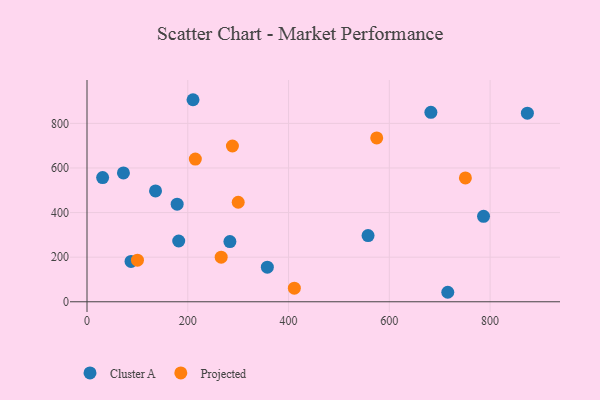
{"axis": {"x": "Distance", "y": "Exam Score"}, "legend": ["Cluster A", "Projected"], "data": [{"x": "182.0", "y": 272.6, "type": "Cluster A"}, {"x": "557.8", "y": 296.9, "type": "Cluster A"}, {"x": "357.9", "y": 155.0, "type": "Cluster A"}, {"x": "283.6", "y": 269.9, "type": "Cluster A"}, {"x": "31.0", "y": 556.9, "type": "Cluster A"}, {"x": "87.4", "y": 181.1, "type": "Cluster A"}, {"x": "787.0", "y": 383.4, "type": "Cluster A"}, {"x": "682.5", "y": 849.4, "type": "Cluster A"}, {"x": "874.0", "y": 845.9, "type": "Cluster A"}, {"x": "72.3", "y": 578.0, "type": "Cluster A"}, {"x": "210.4", "y": 906.1, "type": "Cluster A"}, {"x": "178.9", "y": 437.6, "type": "Cluster A"}, {"x": "716.0", "y": 42.6, "type": "Cluster A"}, {"x": "136.0", "y": 497.0, "type": "Cluster A"}, {"x": "100.1", "y": 186.4, "type": "Projected"}, {"x": "751.0", "y": 555.2, "type": "Projected"}, {"x": "288.6", "y": 698.5, "type": "Projected"}, {"x": "300.1", "y": 446.3, "type": "Projected"}, {"x": "215.0", "y": 639.8, "type": "Projected"}, {"x": "411.5", "y": 60.8, "type": "Projected"}, {"x": "266.3", "y": 200.1, "type": "Projected"}, {"x": "575.0", "y": 734.6, "type": "Projected"}]}